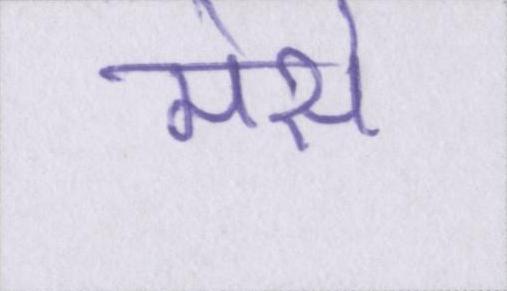
मेसे